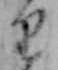
り